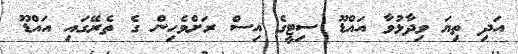
އަދި ތިޔަ ވިދާޅުވާ އައްޑޫ ސިޓީގެ އިސް ރަށްވެހިން ގެ ތެރޭގައި އައްޑޫ